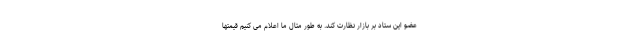
عضو این ستاد بر بازار نظارت کند. به طور مثال ما اعلام می کنیم قیمتها